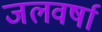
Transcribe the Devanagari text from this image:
जलवर्षा